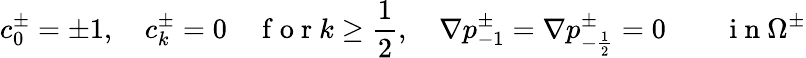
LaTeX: c_{0}^{\pm}=\pm 1,\quad c_{k}^{\pm}=0\quad\mathrm{~f~o~r~}k\geq\frac 12,\quad\nabla p_{-1}^{\pm}=\nabla p_{-\frac 12}^{\pm}=0\qquad\mathrm{~i~n~}\Omega^{\pm}